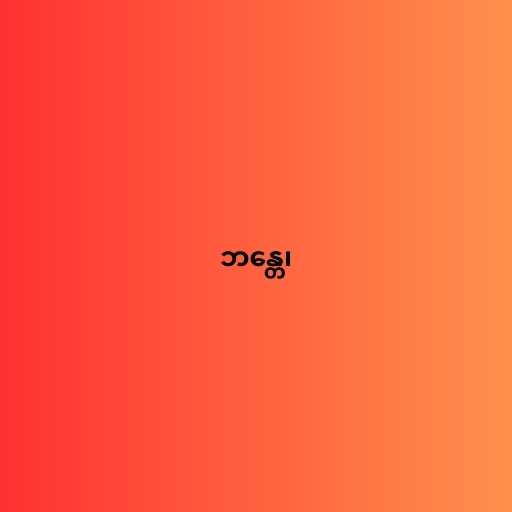
ဘန္တေ၊